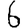
Digit: 6